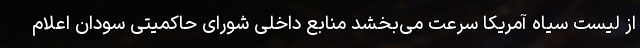
از لیست سیاه آمریکا سرعت می‌بخشد منابع داخلی شورای حاکمیتی سودان اعلام